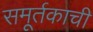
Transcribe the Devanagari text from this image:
समूर्तकाची